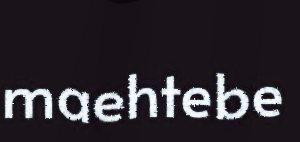
maehtebe